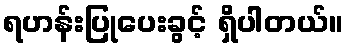
ရဟန်းပြုပေးခွင့် ရှိပါတယ်။